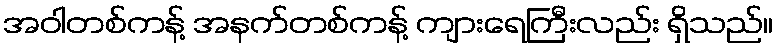
အဝါတစ်ကန့် အနက်တစ်ကန့် ကျားရေကြီးလည်း ရှိသည်။